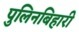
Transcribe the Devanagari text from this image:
पुलिनबिहारी